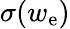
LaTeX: \sigma(w_{\mathrm{e}})